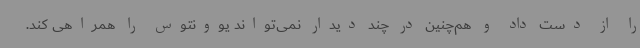
را از دست داد و هم‌چنین در چند دیدار نمی‌تواند یوونتوس را همراهی کند.